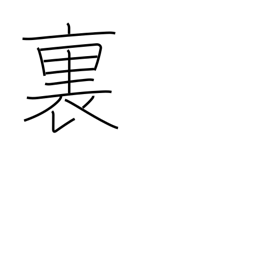
Meaning: inside